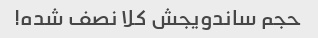
حجم ساندویجش کلا نصف شده!